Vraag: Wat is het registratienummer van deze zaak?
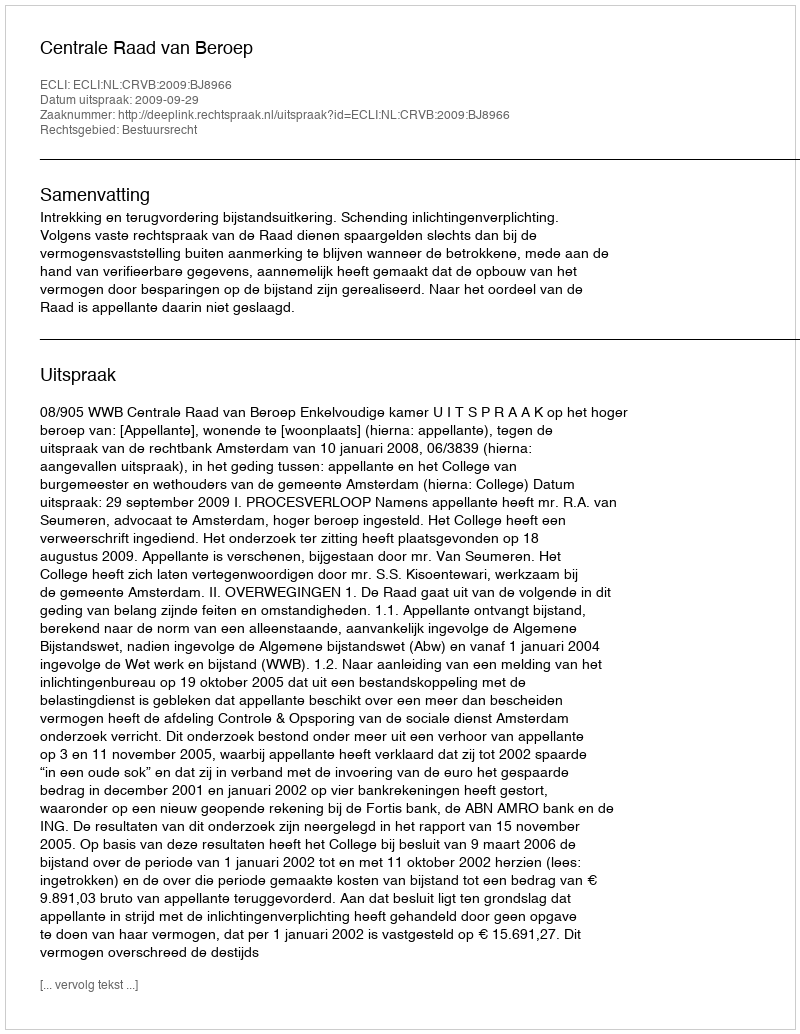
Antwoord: http://deeplink.rechtspraak.nl/uitspraak?id=ECLI:NL:CRVB:2009:BJ8966